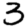
Digit: 3